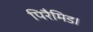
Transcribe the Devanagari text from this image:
पिरैमिड।